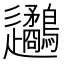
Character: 𨙧